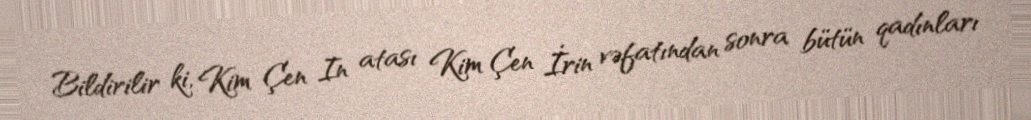
Bildirilir ki, Kim Çen In atası Kim Çen İrin vəfatından sonra bütün qadınları